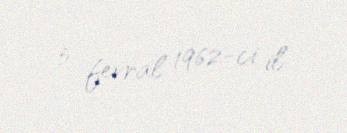
5 fevral 1962-ci il